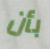
بأن